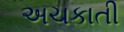
અચકાતી